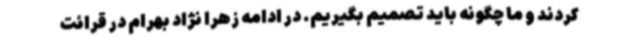
کردند و ما چگونه باید تصمیم بگیریم. در ادامه زهرا نژاد بهرام در قرائت